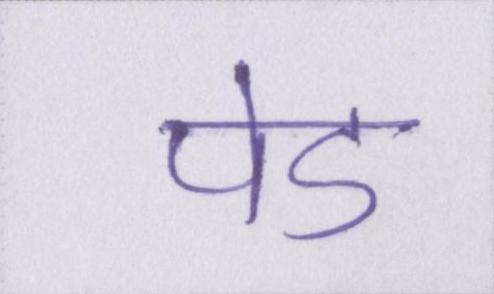
पेड